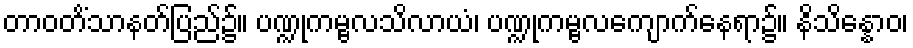
တာဝတိံသာနတ်ပြည်၌။ ပဏ္ဍုကမ္ဗလသိလာယံ၊ ပဏ္ဍုကမ္ဗလကျောက်နေရာ၌။ နိသိန္နောဝ၊